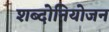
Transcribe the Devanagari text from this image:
शब्दोनियोजन